Document type: Sale
Year: 1461
Scribe: [Unknown]
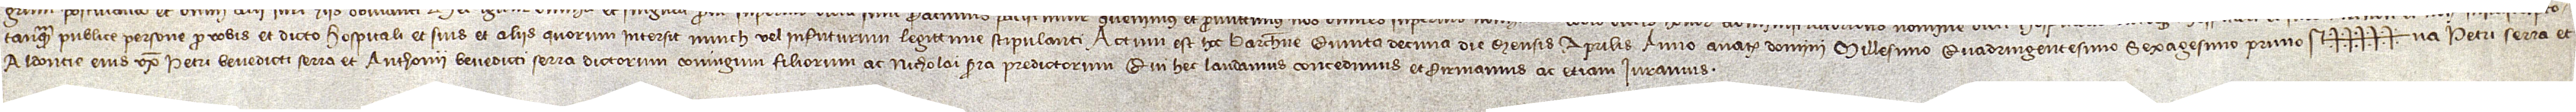
tanquam publice persone pro vobis et dicto hospitali et suis et aliis quorum intersit nunch vel infuturum legittime stipulanti. Actum est hoc Barchinone quinta decima die mensis aprilis, anno a Nativitate Domini millesimo quadringentesimo sexagesimo primo. Sig+++++na Petri Serra et